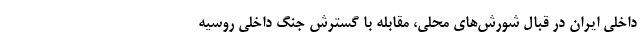
داخلی ایران در قبال شورش‌های محلی، مقابله با گسترش جنگ داخلی روسیه